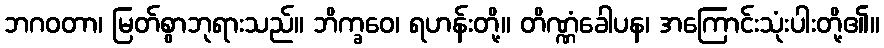
ဘဂဝတာ၊ မြတ်စွာဘုရားသည်။ ဘိက္ခဝေ၊ ရဟန်းတို့။ တိဏ္ဏံခေါပန၊ အကြောင်းသုံးပါးတို့၏။